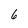
Character: 6